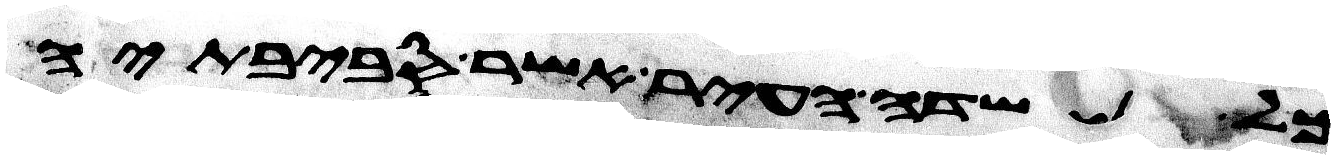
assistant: אכל שדה העיר אשר סביבתיה